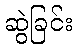
ဆွဲခြင်း